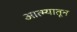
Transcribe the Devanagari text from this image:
आत्म्यातून